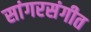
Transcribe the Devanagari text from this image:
सांगरसंगीत